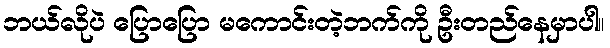
ဘယ်လိုပဲ ပြောပြော မကောင်းတဲ့ဘက်ကို ဦးတည်နေမှာပါ။